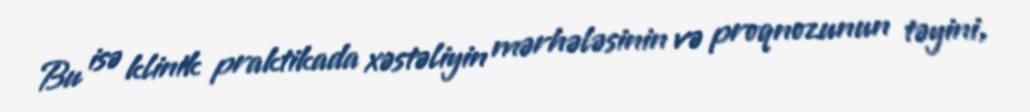
Bu isə klinik praktikada xəstəliyin mərhələsinin və proqnozunun təyini,